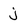
Character: j